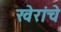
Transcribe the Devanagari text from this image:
खेरांचे